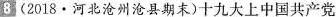
8(2018·河北沧州沧县期末)十九大上中国共产党